NAE_Eesti_seltside_protokollid_1900-1917, lk 3
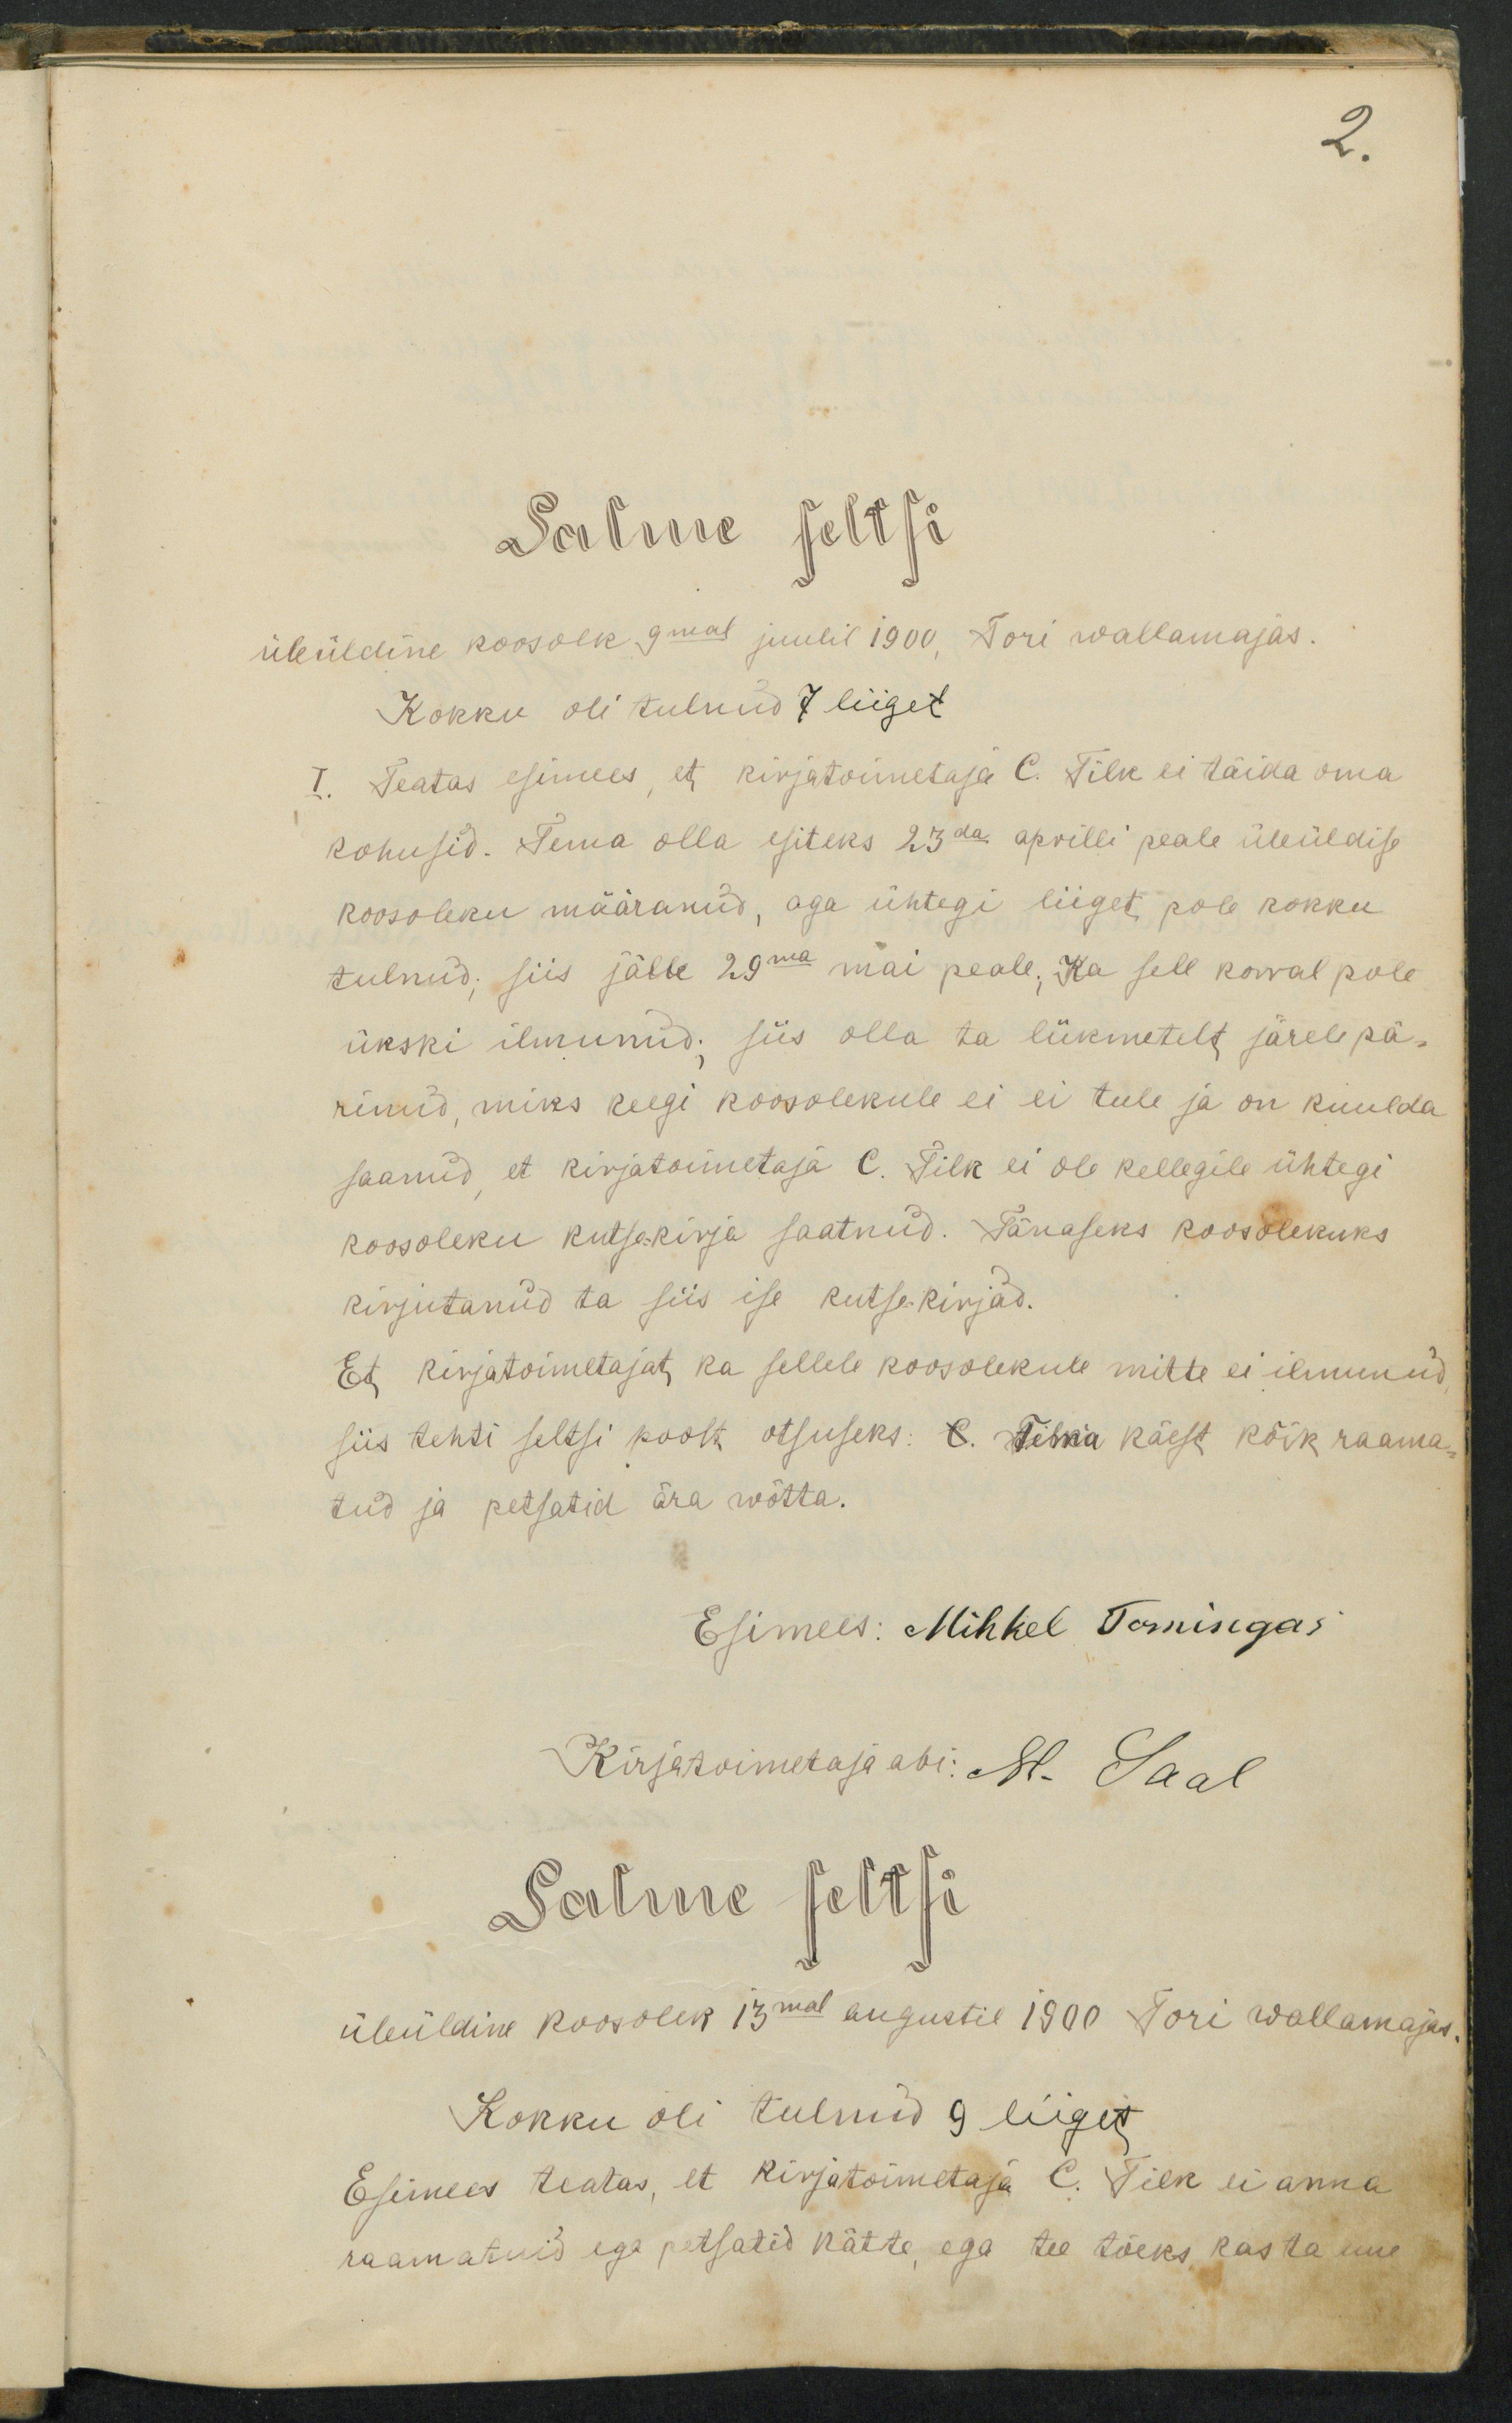
Salme seltsi
üleüldine koosolek 9mal juulil 1900, Tori wallamajas.
Kokku oli tulnud 7 liiget
I. Teatas esimees, et kirjatoimetaja E. Tilk ei täida oma
kohusid. Tema olla esiteks 23da aprilli peale üleüldise
koosoleku määranud, aga ühtegi liiget, pole kokku
tulnud, siis jälle 29ma mai peale. Ka sell korral pole
ükski ilmunud; siis olla ta liikmetelt järel pä-
rinud, miks keegi koosolekule ei ei tule ja on kuulda
saanud, et kirjatoimetaja E. Tilk ei ole kellegile ühtegi
koosoleku kutsekirja saatnud. Tänaseks koosolekuks
kirjutanud ta siis ise kutsekirjad.
Et kirjatoimetajat, ka sellele koosolekule mitte ei ilmunud
siis tehti seltsi poolt otsuseks. E. Tema käest kõik raama-
tud ja petsatid ära wõtta.
Esimees: Mihkel Tomingas
Salme seltsi
üleüldine koosolek 13mal augustil 1900 Tori wallamajas
Kokku oli tulnud 9 liiget
Esimees teatas, et kirjatoimetaja E. Tilk ei anna
raamatuid ega petsatid kätte, ega tee tõeks kas ta uue